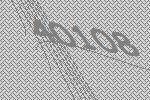
40108